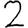
Digit: 2